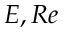
E , R e